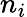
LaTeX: n_{i}